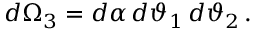
d \Omega _ { 3 } = d \alpha \, d \vartheta _ { 1 } \, d \vartheta _ { 2 } \, .